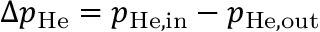
\Delta { p } _ { \mathrm { H e } } = p _ { \mathrm { H e , i n } } - p _ { \mathrm { H e , o u t } }